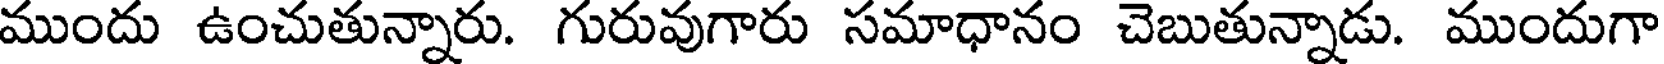
ముందు ఉంచుతున్నారు. గురువుగారు సమాధానం చెబుతున్నాడు. ముందుగా